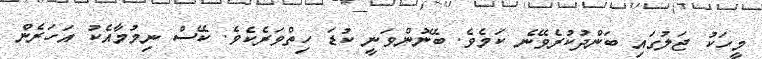
މީހަކު ޖަލުގައި ބަންދުކުރެވޭނެ ކަމެވެ. ބޭނުންވަނީ ކުޑަ ހިތްވަރެކެވެ. ކޭސް ނިމުމާއެކު އަހަރެން